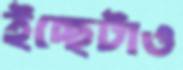
ইচ্ছেটাও